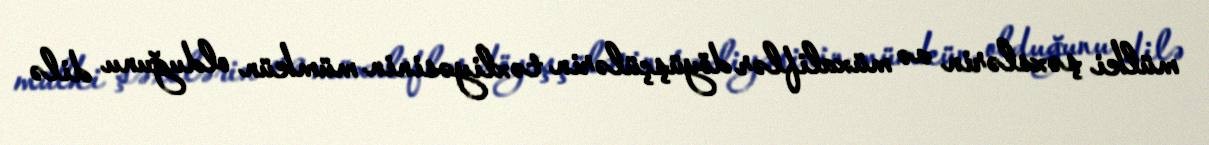
mülki şəxslərin və müxaliflər döyüşçülərin təxliyəsinin mümkün olduğunu dilə